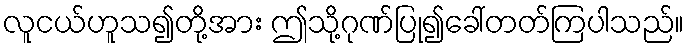
လူငယ်ဟူသ၍တို့အား ဤသို့ဂုဏ်ပြု၍ခေါ်တတ်ကြပါသည်။